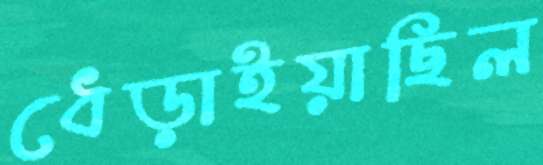
ধেড়াইয়াছিল